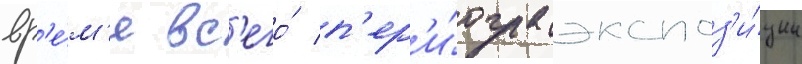
вр'е́м'я вс'его́ п'ер'и́ода экспоз'и́ции